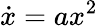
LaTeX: \dot{x}=ax^{2}